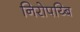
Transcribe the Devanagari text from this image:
निरोपय्बि